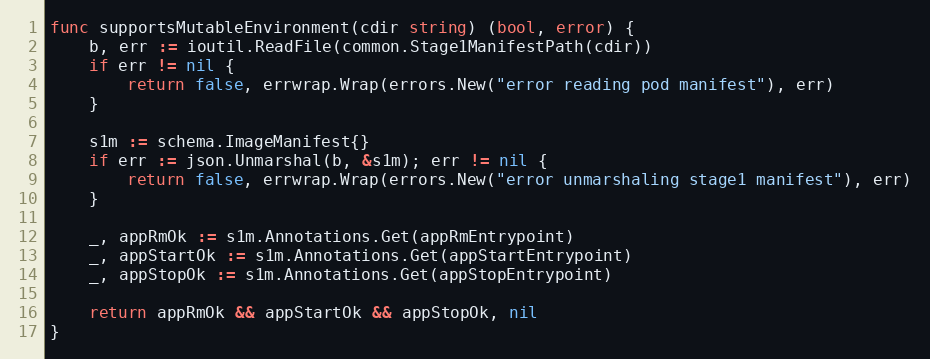
Language: Go
func supportsMutableEnvironment(cdir string) (bool, error) {
	b, err := ioutil.ReadFile(common.Stage1ManifestPath(cdir))
	if err != nil {
		return false, errwrap.Wrap(errors.New("error reading pod manifest"), err)
	}

	s1m := schema.ImageManifest{}
	if err := json.Unmarshal(b, &s1m); err != nil {
		return false, errwrap.Wrap(errors.New("error unmarshaling stage1 manifest"), err)
	}

	_, appRmOk := s1m.Annotations.Get(appRmEntrypoint)
	_, appStartOk := s1m.Annotations.Get(appStartEntrypoint)
	_, appStopOk := s1m.Annotations.Get(appStopEntrypoint)

	return appRmOk && appStartOk && appStopOk, nil
}